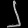
Digit: ၂